Lunatic asylums Bombay report 1891-1903 - 1891-1903
Year: 1891
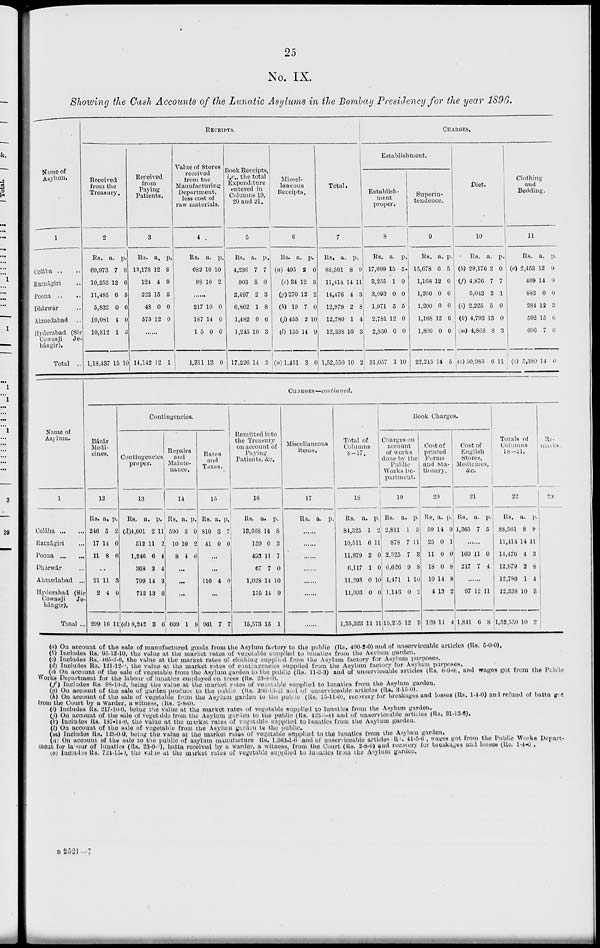
25
No. IX.
Showing the Cash Accounts of the Lunatic Asylums in the Bombay Presidency for the year 1896.
Name of
Asylum.
1
Colába .. ..
Ratnágiri ..
Poona
..
..
Bhárwár ..
Ahmedabad
..
Hyderabad (Sir
Cowasji
Je-
hángir).
Total
..
RECEIPTS.
Received
from the
Treasury.
2
Rs.
69,973
10,253
11,485
5,832
10,081
10,812
1,18,437
a.
7
12
6
0
4
1
15
p.
8
6
5
0
0
3
10
Received
from
Paying
Patients.
3
Rs.
13,173
124
222
48
573
a.
12
4
15
0
12
p.
8
0
5
0
0
......
14,142 12 1
Value of Stores
received
from the
Manufacturing
Department,
less cost of
raw materials.
4
Rs.
682
95
a.
10
10
p.
10
2
......
217
187
15
1,311
10
14
0
13
0
0
0
0
Book Receipts,
i.e., the total
Expenditure
entered in
Columns 19,
20 and 21.
5
Rs.
4,236
903
2,497
6,862
1,482
1,245
17,226
a.
7
8
2
1
0
10
14
p.
7
0
3
8
6
3
3
Miscel-
laneous
Receipts.
6
Rs.
(a) 495
(e) 34
(g) 270
(h) 19
(j) 455
(l) 155
(n)1,431
a.
2
12
12
7
2
14
3
p.
0
3
2
0
10
9
0
Total.
7
Rs.
88,561
11,414
14,476
12,979
12,780
12,338
1,52,550
a.
8
14
4
2
1
10
10
p.
9
11
3
8
4
3
2
CHARGES.
Establishment.
Establish-
ment
proper.
8
Rs.
17,099
3,255
3,093
1,971
2,781
2,856
31,057
a.
15
1
0
5
12
0
1
p.
5
0
0
5
0
0
10
Superin-
tendence.
9
Rs.
15,678
1,168
1,200
1,200
1,168
1,800
22,215
a.
6
12
0
0
12
0
14
p.
5
0
0
0
0
0
5
Diet.
10
Rs.
(b) 29,176
(f) 4,876
5,043
(i) 2,225
(k) 4,793
(m)4,868
(o) 50,983
a.
2
7
3
5
13
8
6
p.
0
7
1
0
0
3
11
Clothing
and
Bedding.
11
Rs.
(c) 2,453
469
883
284
592
696
(c) 5,380
a.
12
14
0
12
15
7
14
p.
0
9
0
3
6
6
0
Name of
Asylum.
1
Colába
...
...
Ratnágiri ...
Poona ... ...
Dhárwár ...
Ahmedabad ...
Hyderabad (Sir
Cowasji
Je-
hángir).
Total ...
CHARGES—continued.
Bázár
Medi-
cines.
12
Rs.
246
17
11
a.
5
14
8
p.
2
0
6
...
21
2
299
11
4
10
3
0
11
Contingencies.
Contingencies
proper.
13
Rs.
(d)4,601
512
1,246
368
799
713
(d) 8,242
a.
2
11
6
3
14
13
3
p.
11
2
4
4
3
6
6
Repairs
and
Mainte-
nance.
14
Rs.
590
10
8
a.
3
10
4
p.
0
2
6
...
...
...
609 1 8
Rates
and
Taxes.
15
Rs.
810
41
a.
3
0
p.
7
0
...
...
110 4 0
...
961 7 7
Remitted into
the Treasury
on account of
Paying
Patients, &c.
16
Rs.
13,668
159
493
67
1,028
155
15,573
a.
14
0
11
7
14
14
15
p.
8
3
7
0
10
9
1
Miscellaneous
items.
17
Rs. a. p.
......
......
......
......
......
......
......
Total of
Columns
8—17.
18
Rs.
84,325
10,511
11,979
6,117
11,298
11,093
1,35,323
a.
1
6
2
1
0
0
11
p.
2
11
0
0
10
0
11
Book Charges.
Charges on
account
of works
done by the
Public
Works De-
partment.
19
Rs.
2,811
878
2,325
6,626
1,471
1,143
15,255
a.
1
7
7
9
1
0
12
p.
5
11
3
8
10
2
3
Cost of
printed
Forms
and Sta-
tionery.
20
Rs.
59
25
11
18
10
4
129
a.
14
0
0
0
14
13
11
p.
9
1
0
8
8
2
4
Cost of
English
Stores,
Medicines,
&c.
21
Rs.
1,365
a.
7
p.
5
......
160
217
11
7
0
4
......
97
1,841
12
6
11
8
Totals of
Columns
l8—21.
22
Rs.
88,561
11,414
14,476
12,979
12,780
12,338
1,52,550
a.
8
14
4
2
1
10
10
p.
9
11
3
8
4
3
2
Re-
marks.
23
(a) On account of the sale of manufactured goods from the Asylum factory to the public (Rs. 490-2-0) and of unserviceable articles (Rs. 5-0-0).
(b) Includes Rs. 95-12-10, the value at the market rates of vegetable supplied to lunatics from the Asylum garden.
(c) Includes Rs. 465-2-0, the value at the market rates of clothing supplied from the Asylum factory for Asylum purposes.
(d) Includes Rs. 121-12-0, the value at the market rates of contiagencies supplied from the Asylum factory for Asylum purposes.
(e) On account of the sale of vegetable from the Asylum garden to the public (Rs. 11-3-3) and of unserviceable articles (Rs. 0-9-0), and wages got from the Public
Works Department for the labour of lunatics employed on trees (Rs. 23-0-0).
(f) Includes Rs. 98-10-2, being the value at the market rates of vegetable supplied to lunatics from the Asylum garden.
(g) On account of the sale of garden produce to the public (Rs. 266-13-2) and of unserviceable articles (Rs. 3-15-0).
(h) On account of the sale of vegetable from the Asylum garden to the public (Rs. 15-11-0), recovery for breakages and losses (Rs. 1-4-0) and refund of batta got
from the Court by a Warder, a witness, (Rs. 2-8-0).
(i) Includes Rs. 217-10-0, being the value at the market rates of vegetable supplied to lunatics from the Asylum garden.
(j) On account of the sale of vegetable from the Asylum garden to the public (Rs. 423-5-4) and of unserviceable articles (Rs. 31-13-6).
(k) Includes Rs. 187-14-0, the value at the market rates of vegetable supplied to lunatics from the Asylum garden.
(l) On account of the sale of vegetable from the Asylum garden to the public.
(m) Includes Rs. 125-0-0, being the value at the market rates of vegetable supplied to the lunatics from the Asylum garden.
(n) On account of the sale to the public of asylum manufacture Rs. 1,363-1-6 and of unserviceable articles Rs 41-5-6 , wages got from the Public Works Depart-
ment for labour of lunatics (Rs. 23-0-0), batta received by a warder, a witness, from the Court (Rs. 2-8-0) and recovery for breakages and losses (Re. 1-4-0).
(o) Includes Rs. 724-15-0, the value at the market rates of vegetable supplied to lunatics from the Asylum garden.
B 2521—7